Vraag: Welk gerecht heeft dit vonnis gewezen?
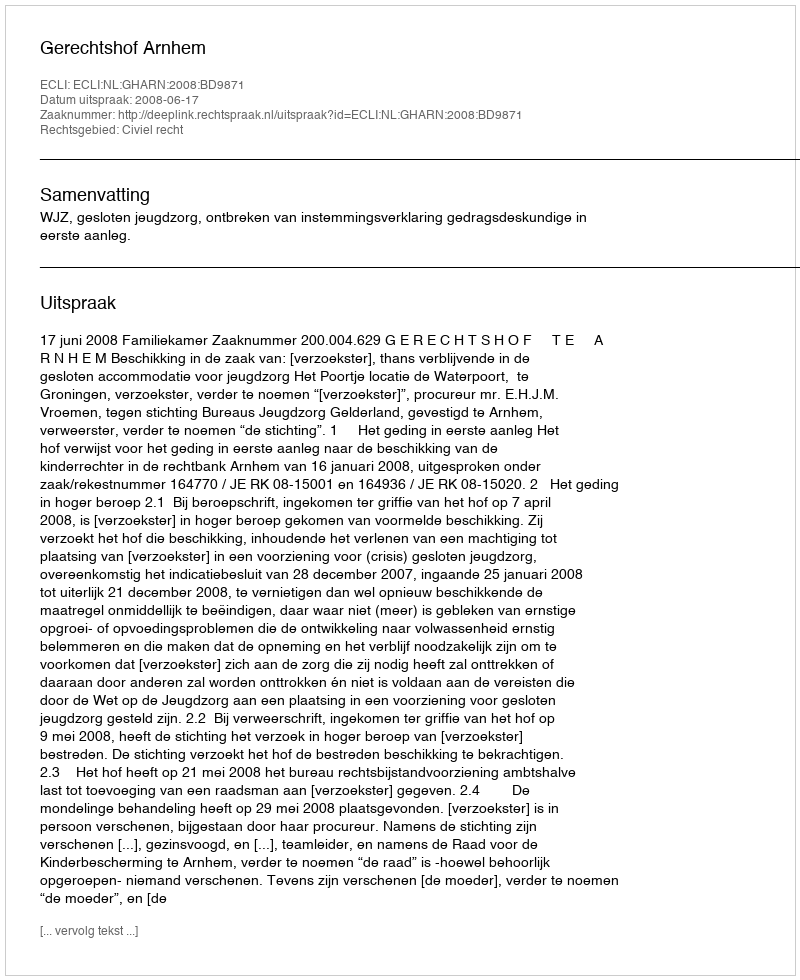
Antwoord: Gerechtshof Arnhem